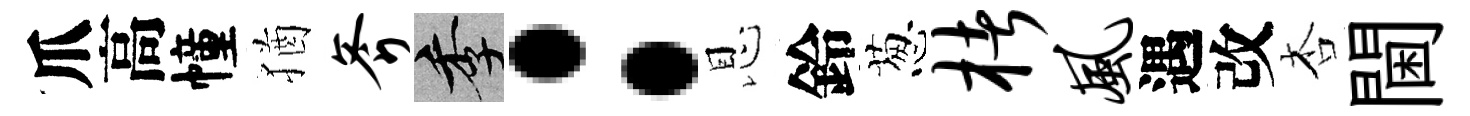
爪高幢猶斧季：恩鈴葱楮风遇改杏閫